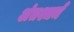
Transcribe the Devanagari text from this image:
अंतश्चर्म